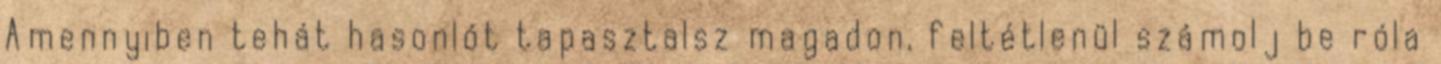
Amennyiben tehát hasonlót tapasztalsz magadon, feltétlenül számolj be róla